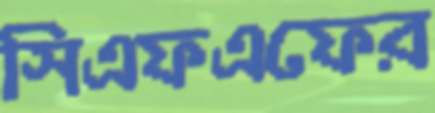
সিএফএফের